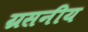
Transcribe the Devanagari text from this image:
ग्रसनीय